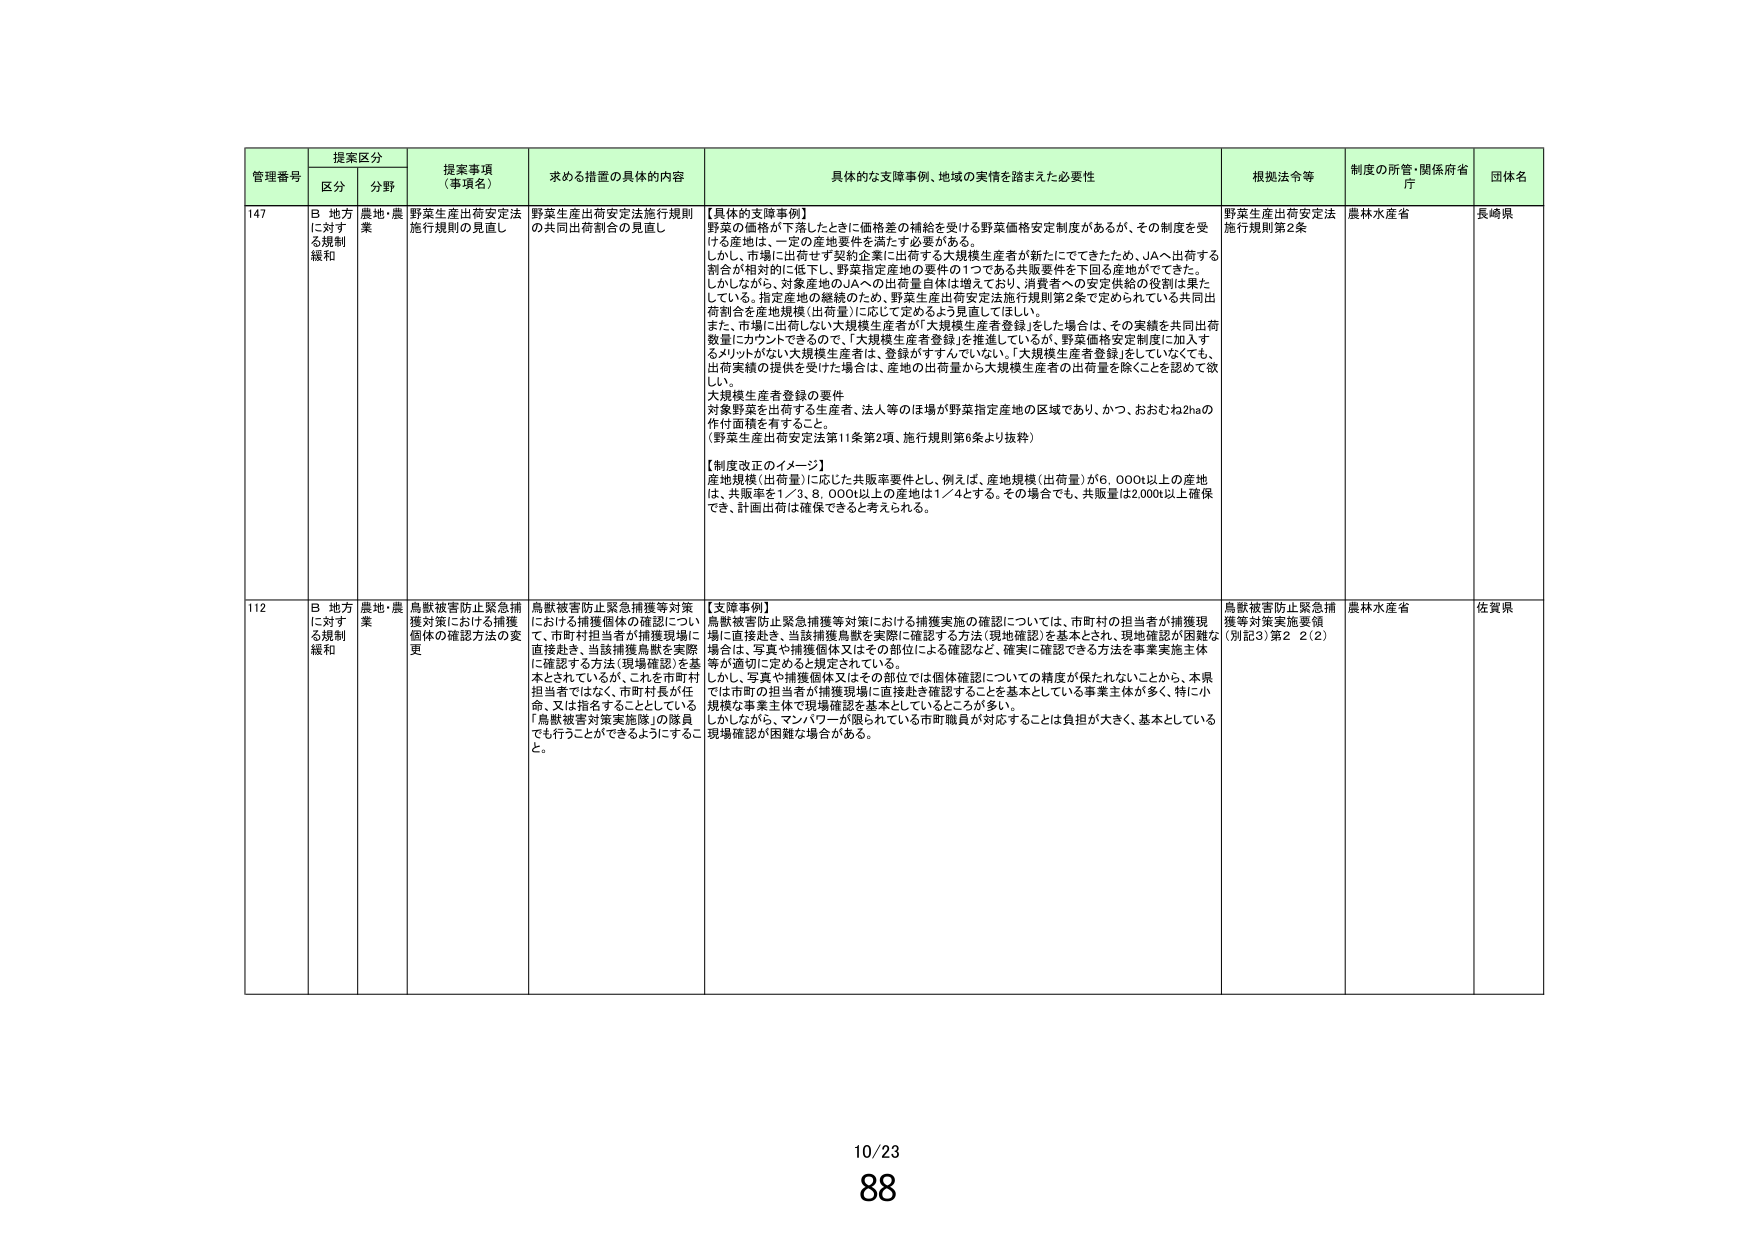
管理番号 提案区分 提案事項（事項名） 求める措置の具体的内容 具体的な支障事例、地域の実情を踏まえた必要性 根拠法令等 制度の所管・関係府省庁 団体名
区分 分野
147 B 地方に対する規制緩和 農地・農業 野菜生産出荷安定法施行規則の見直し 野菜生産出荷安定法施行規則の共同出荷割合の見直し 【具体的支障事例】
野菜の価格が下落したときに価格差の補給を受ける野菜価格安定制度があるが、その制度を受ける産地は、一定の産地要件を満たす必要がある。
しかし、市場に出荷せず契約企業に出荷する大規模生産者が新たにでてきたため、JAへ出荷する割合が相対的に低下し、野菜指定産地の要件の1つである共販要件を下回る産地がでてきた。
しかしながら、対象産地のJAへの出荷量自体は増えており、消費者への安定供給の役割は果たしている。指定産地の継続のため、野菜生産出荷安定法施行規則第2条で定められている共同出荷割合を産地規模（出荷量）に応じて定めるよう見直してほしい。
また、市場に出荷しない大規模生産者が「大規模生産者登録」をした場合は、その実績を共同出荷数量にカウントできるので、「大規模生産者登録」を推進しているが、野菜価格安定制度に加入するメリットがない大規模生産者は、登録がすすんでいない。「大規模生産者登録」をしていなくても、出荷実績の提供を受けた場合は、産地の出荷量から大規模生産者の出荷量を除くことを認めて欲しい。
大規模生産者登録の要件
対象野菜を出荷する生産者、法人等のほ場が野菜指定産地の区域であり、かつ、おおむね2haの作付面積を有すること。
（野菜生産出荷安定法第11条第2項、施行規則第6条より抜粋）
【制度改正のイメージ】
産地規模（出荷量）に応じた共販率要件とし、例えば、産地規模（出荷量）が6,000t以上の産地は、共販率を1／3、6,000t以上の産地は1／4とする。その場合でも、共販量は2,000t以上確保でき、計画出荷は確保できると考えられる。 野菜生産出荷安定法施行規則第2条 農林水産省 長崎県
112 B 地方に対する規制緩和 農地・農業 鳥獣被害防止緊急捕獲対策における捕獲個体の確認方法の変更 鳥獣被害防止緊急捕獲等対策における捕獲個体の確認について、市町村担当者が捕獲現場に直接赴き、当該捕獲鳥獣を実際に確認する方法（現地確認）を基本とされているが、これを市町村担当者ではなく、市町村長が任命、又は指名することとしている「鳥獣被害対策実施隊」の隊員でも行うことができるようにすること。 【支障事例】
鳥獣被害防止緊急捕獲等対策における捕獲実施の確認については、市町村の担当者が捕獲現場に直接赴き、当該捕獲鳥獣を実際に確認する方法（現地確認）を基本とされ、現地確認が困難な場合は、写真や捕獲個体又はその部位による確認など、確実に確認できる方法を事業実施主体等が適切に定めると規定されている。
しかし、写真や捕獲個体又はその部位では個体確認についての精度が保たれないことから、本県では市町の担当者が捕獲現場に直接赴き確認することを基本としている事業主体が多く、特に小規模な事業主体で現場確認を基本としているところが多い。
しかしながら、マンパワーが限られている市町職員が対応することは負担が大きく、基本としている現場確認が困難な場合がある。 鳥獣被害防止緊急捕獲等対策実施要領（別記3）第2 2（2） 農林水産省 佐賀県
10/23
88